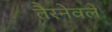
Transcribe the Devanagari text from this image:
तैरनेवले